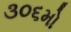
૩૦૬મો